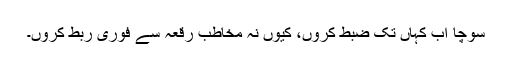
سوچا اب کہاں تک ضبط کروں، کیوں نہ مخاطبِ رقعہ سے فوری ربط کروں۔